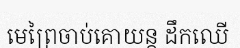
មេព្រៃចាប់គោយន្ត ដឹកឈើ